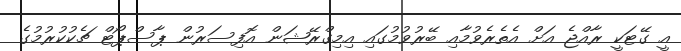
އީ ގޭޓަކީ ރާއްޖެ އަށް އެތެރެވުމާއި ބޭރުވުމުގައި އިމިގްރޭޝަން އޮފިސަރުން ޕާސްޕޯޓް ޗެކުކުރުމުގެ